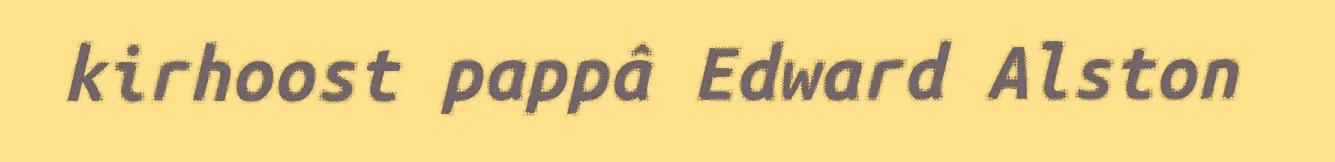
kirhoost pappâ Edward Alston